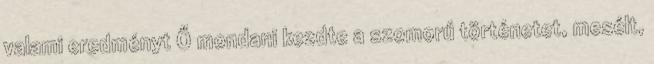
valami eredményt Ő mondani kezdte a szomorú történetet, mesélt,